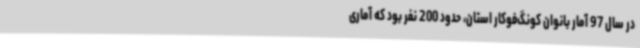
در سال 97 آمار بانوان کونگ‌فوکار استان، حدود 200 نفر بود که آماری